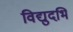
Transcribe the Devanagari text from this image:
विद्युदभि